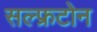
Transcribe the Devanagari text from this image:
सल्फ्रटोन